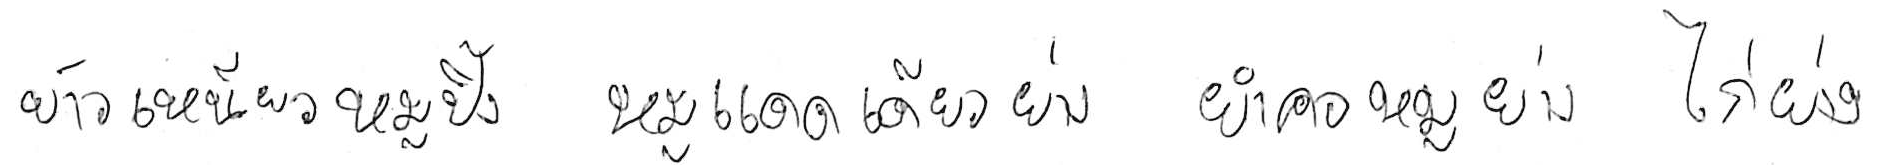
ข้าวเหนียวหมูปิ้ง หมูแดดเดียวย่าง ยำคอหมูย่าง ไก่ย่าง